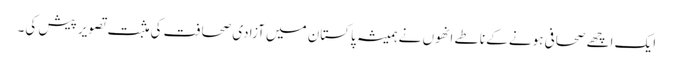
ایک اچھے صحافی ہونے کے ناطے انھوں نے ہمیشہ پاکستان میں آزادی صحافت کی مثبت تصویر پیش کی۔